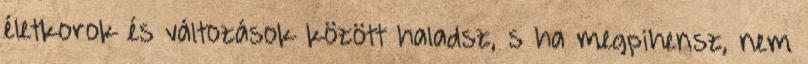
életkorok és változások között haladsz, s ha megpihensz, nem